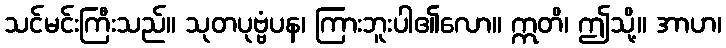
သင်မင်းကြီးသည်။ သုတပုဗ္ဗံပန၊ ကြားဘူးပါ၏လော။ ဣတိ၊ ဤသို့။ အာဟ၊